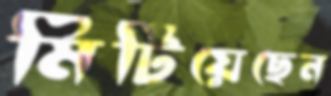
মিটিয়েছেন